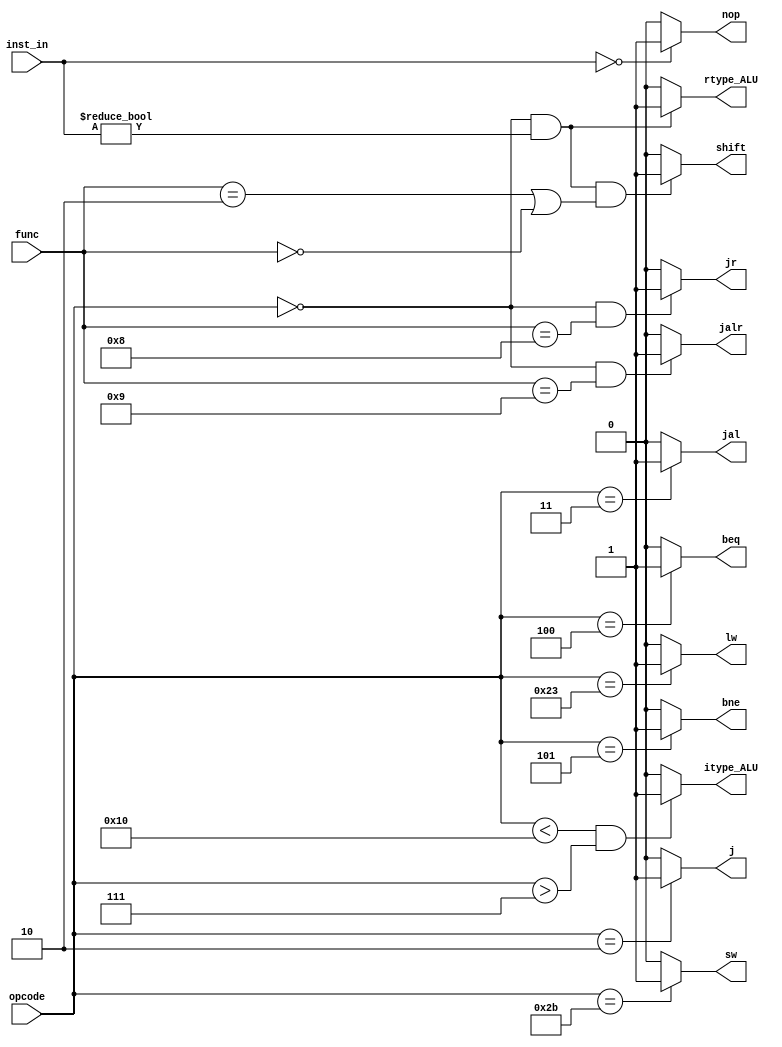
`timescale 1ns / 1ps
//////////////////////////////////////////////////////////////////////////////////
// Company: 
// Engineer: 
// 
// Design Name: 
// Module Name:    first_decoder 
// Project Name: 
// Target Devices: 
// Tool versions: 
// Description: 
//
// Dependencies: 
//
// Revision: 
// Revision 0.01 - File Created
// Additional Comments: 
//
//////////////////////////////////////////////////////////////////////////////////
module first_decoder( 	input [5:0] opcode, func, input [31:0] inst_in,
								output rtype_ALU, itype_ALU,
								lw, sw, beq, bne, jal, jalr, shift, nop, j, jr
							);
	 assign nop = (inst_in == 32'h0) ? 1 : 0;
	 assign rtype_ALU = (opcode == 6'b000000 && inst_in != 32'h0) ? 1 : 0;
	 assign itype_ALU = (opcode < 6'b010000 && opcode > 6'b000111) ? 1 : 0;
	 assign lw = (opcode == 6'b100011) ? 1 : 0;
	 assign sw = (opcode == 6'b101011) ? 1 : 0;
	 assign beq = (opcode == 6'b000100) ? 1 : 0;
	 assign bne = (opcode == 6'b000101) ? 1 : 0;
	 assign j = (opcode == 6'b000010) ? 1 : 0;
	 assign jr = (opcode == 6'b000000 && func == 6'd8) ? 1 : 0;
	 assign jal = (opcode == 6'b000011) ? 1 : 0;
	 assign jalr = (opcode == 6'b000000 && func == 6'd9) ? 1'b1 : 1'b0;
	 assign shift = (inst_in != 32'h0 && opcode == 6'b000000 && (func == 6'd2 || func == 6'd0)) ? 1'b1 : 1'b0;
		
endmodule